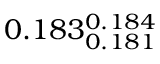
0 . 1 8 3 _ { 0 . 1 8 1 } ^ { 0 . 1 8 4 }